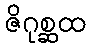
ဇိဂုစ္ဆထ